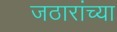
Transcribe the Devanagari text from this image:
जठारांच्या